Rongu_vallavalitsus, lk 185
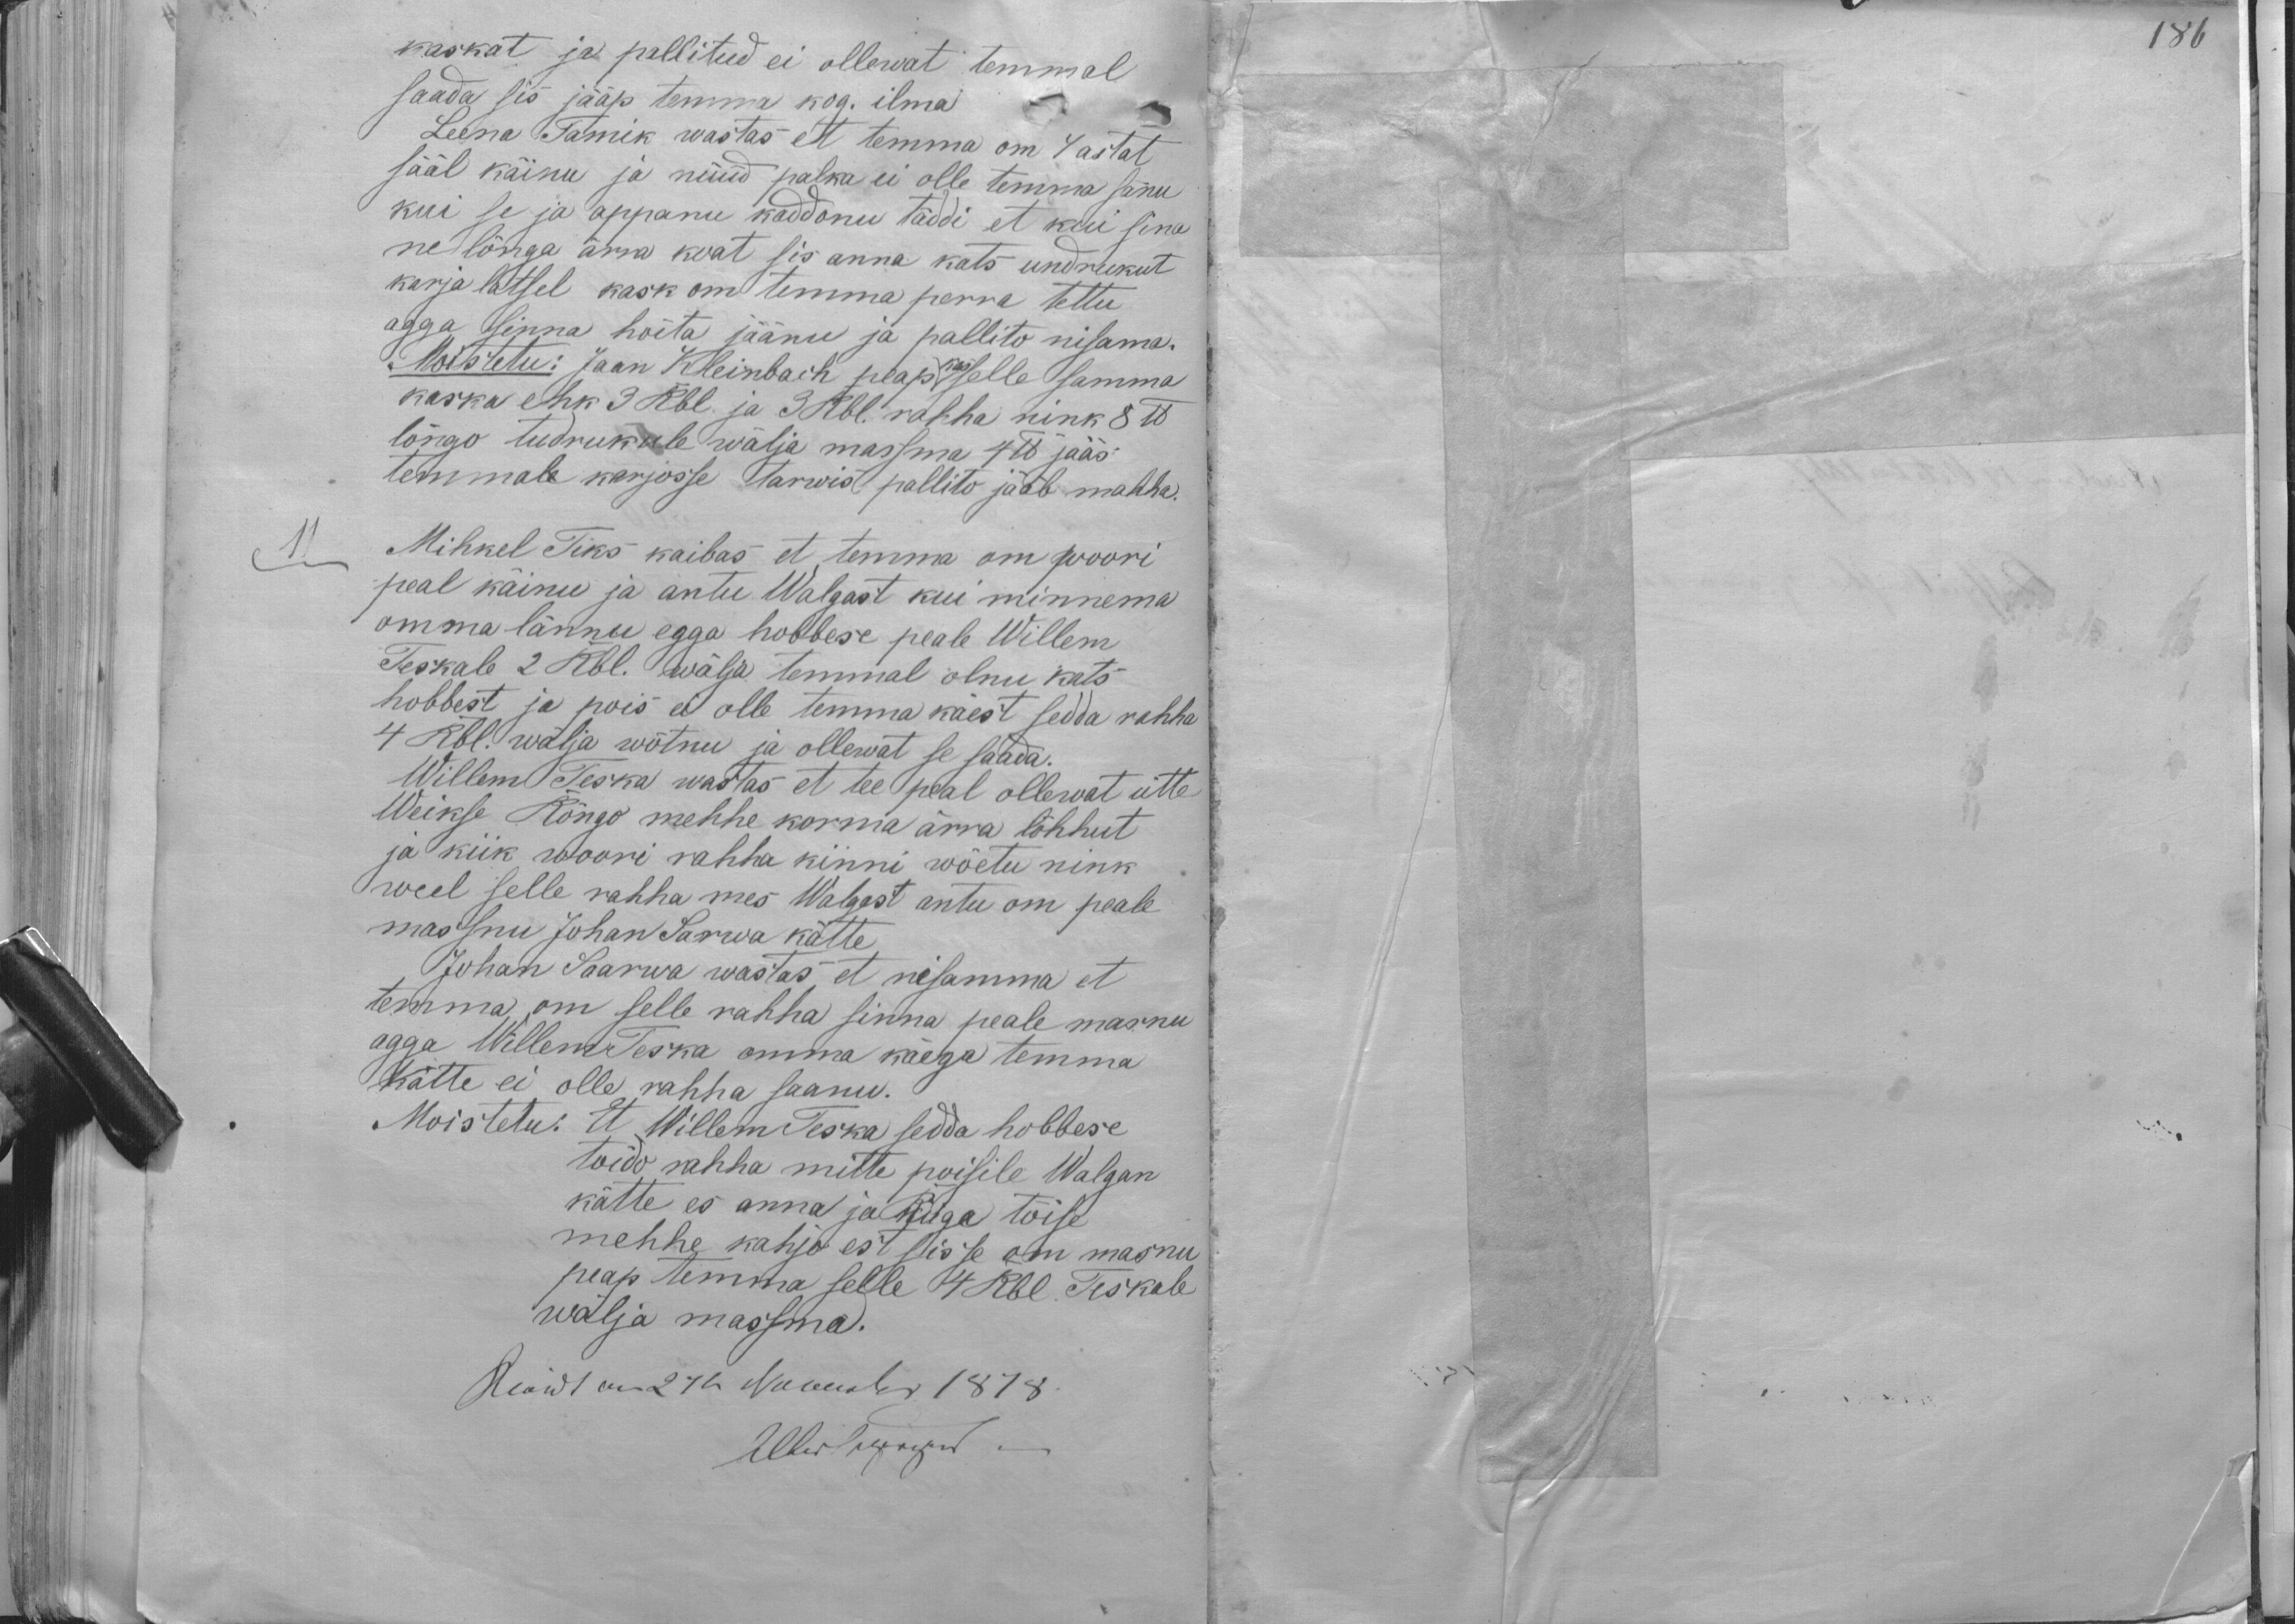
kaskat ja pallitud ei ollewat temmal
saada sis jääp temma kog. ilma
Leena Tamik wastas ett temma om 4 astat
sääl käinu ja nüüd palka ei olle temma sanu
kui se ja oppanu kaddonu täddi et kui sina
ne lõnga ärra koat sis anna kats undrukut
karja latsel kask om temma perre tettu
agga sinna hoita jäänu ja pallito nisama.
Moistetu: Jaan Kleinbach peap kas selle samma
kaska ehk 3 Rbl. ja 3 Rbl. rahha nink 8 lb
lõngo tudrukule wälja massma 4 lb jääs
temmale karjosse tarwis pallito jääb mahha.
Mihkel Tiks kaibas et temma om woori
peal käinu ja antu Walgast kui minnema
omma lännu egga hobbese peale Willem
Teskale 2 Rbl. wälja temmal olnu kats
hobbest ja pois ei olle temma käest sedda rahha
4 Rbl. wälja wõtnu ja ollewat se saada.
Willem Teska wastas et tee peal ollewat ütte
Weikse Rõngo mehhe korma ärra lõhhut
ja kiik woori rahha kinni wõetu nink
weel selle rahha mes Walgast antu om peale
massnu Johan Sarwa kätte
Johan Saarwa wastas, et nisamma et
temma om selle rahha sinna peale masnu
agga Willem Teska omma käega temma
Kätte ei olle rahha saanu.
Moistetu: Et Willem Teska sedda hobbese
toido rahha mitte poisile Walgan
kätte es anna ja Riiga tõise
mehhe kahjo est sisse om masnu
peap temma selle 4 Rbl. Teskale
wälja massma.

186